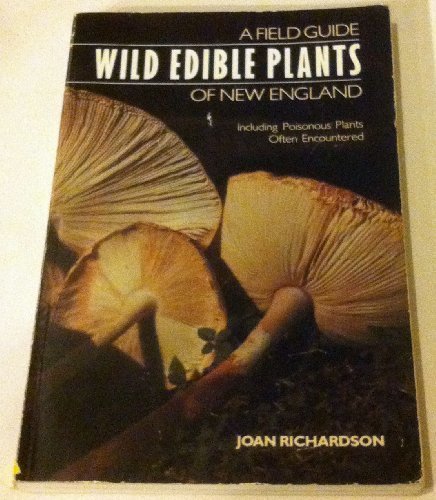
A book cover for Wild Edible Plants of New England: A Field Guide, Including Poisonous Plants Often Encountered; Joan Richardson; Crafts, Hobbies & Home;